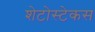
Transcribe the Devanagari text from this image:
शेटोस्टेकस